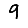
Digit: 9